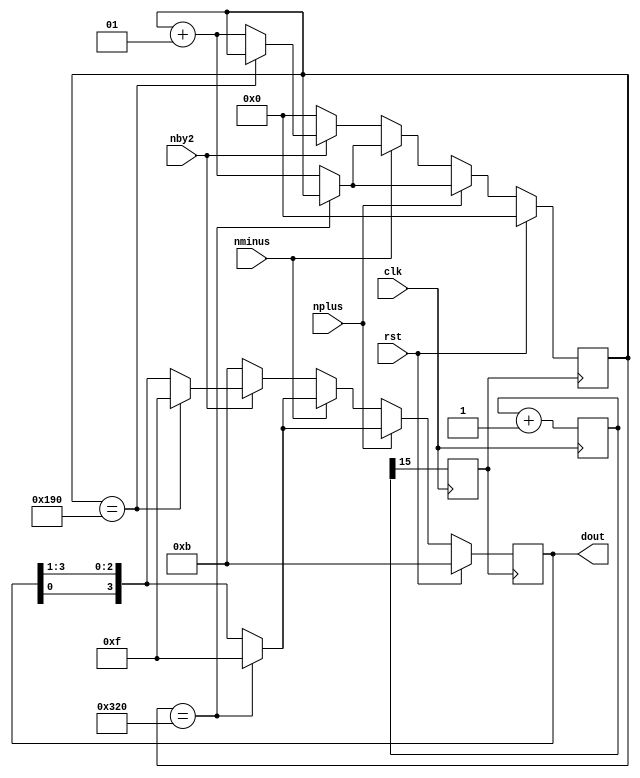
`timescale 1ns / 1ps
//////////////////////////////////////////////////////////////////////////////////
// Company: 
// Engineer: 
// 
// Design Name: 
// Module Name:    Stepper_Motor 
// Project Name: 
// Target Devices: 
// Tool versions: 
// Description: 
//
// Dependencies: 
//
// Revision: 
// Revision 0.01 - File Created
// Additional Comments: 
//
//////////////////////////////////////////////////////////////////////////////////
module Stepper_Motor(clk,rst,dout,nplus,nminus,nby2);
input rst,clk,nplus,nminus,nby2;
output reg [3:0]dout=4'b1011; 
reg [23:0]cnt=23'd0;
reg dclk;
integer step=0;
always @(posedge clk)
begin cnt<=cnt+1;
dclk<=cnt[15];
end 
always@(posedge dclk)
begin
if(rst)
begin
step=0;
dout<=4'b1011;
end
else 
begin
	if(nplus)
	  
	      if(step==800)
	        dout<=4'b1111;
	      else
	       begin
		    step=step+1;
	       dout<={dout[0],dout[3:1]};
	       end
   else if(nminus)  
	  		         if(step==800)
	             dout<=4'b1111;
	           else
	           begin
	           step=step+1;
	              dout<={dout[0],dout[3:1]};
        end
 else if(nby2)  
           if(step==400)
	        			  
			  dout<=4'b1111;
	        else
	        begin
	       step=step+1;
	        dout<={dout[0],dout[3:1]};
	        end
     else
	  begin
	    dout<=4'b1011;
		 step=0;
end
end
end

endmodule